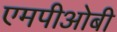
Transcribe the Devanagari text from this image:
एमपीओबी